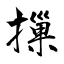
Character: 摷